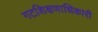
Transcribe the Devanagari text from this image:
गटशिक्षणाधिकारी